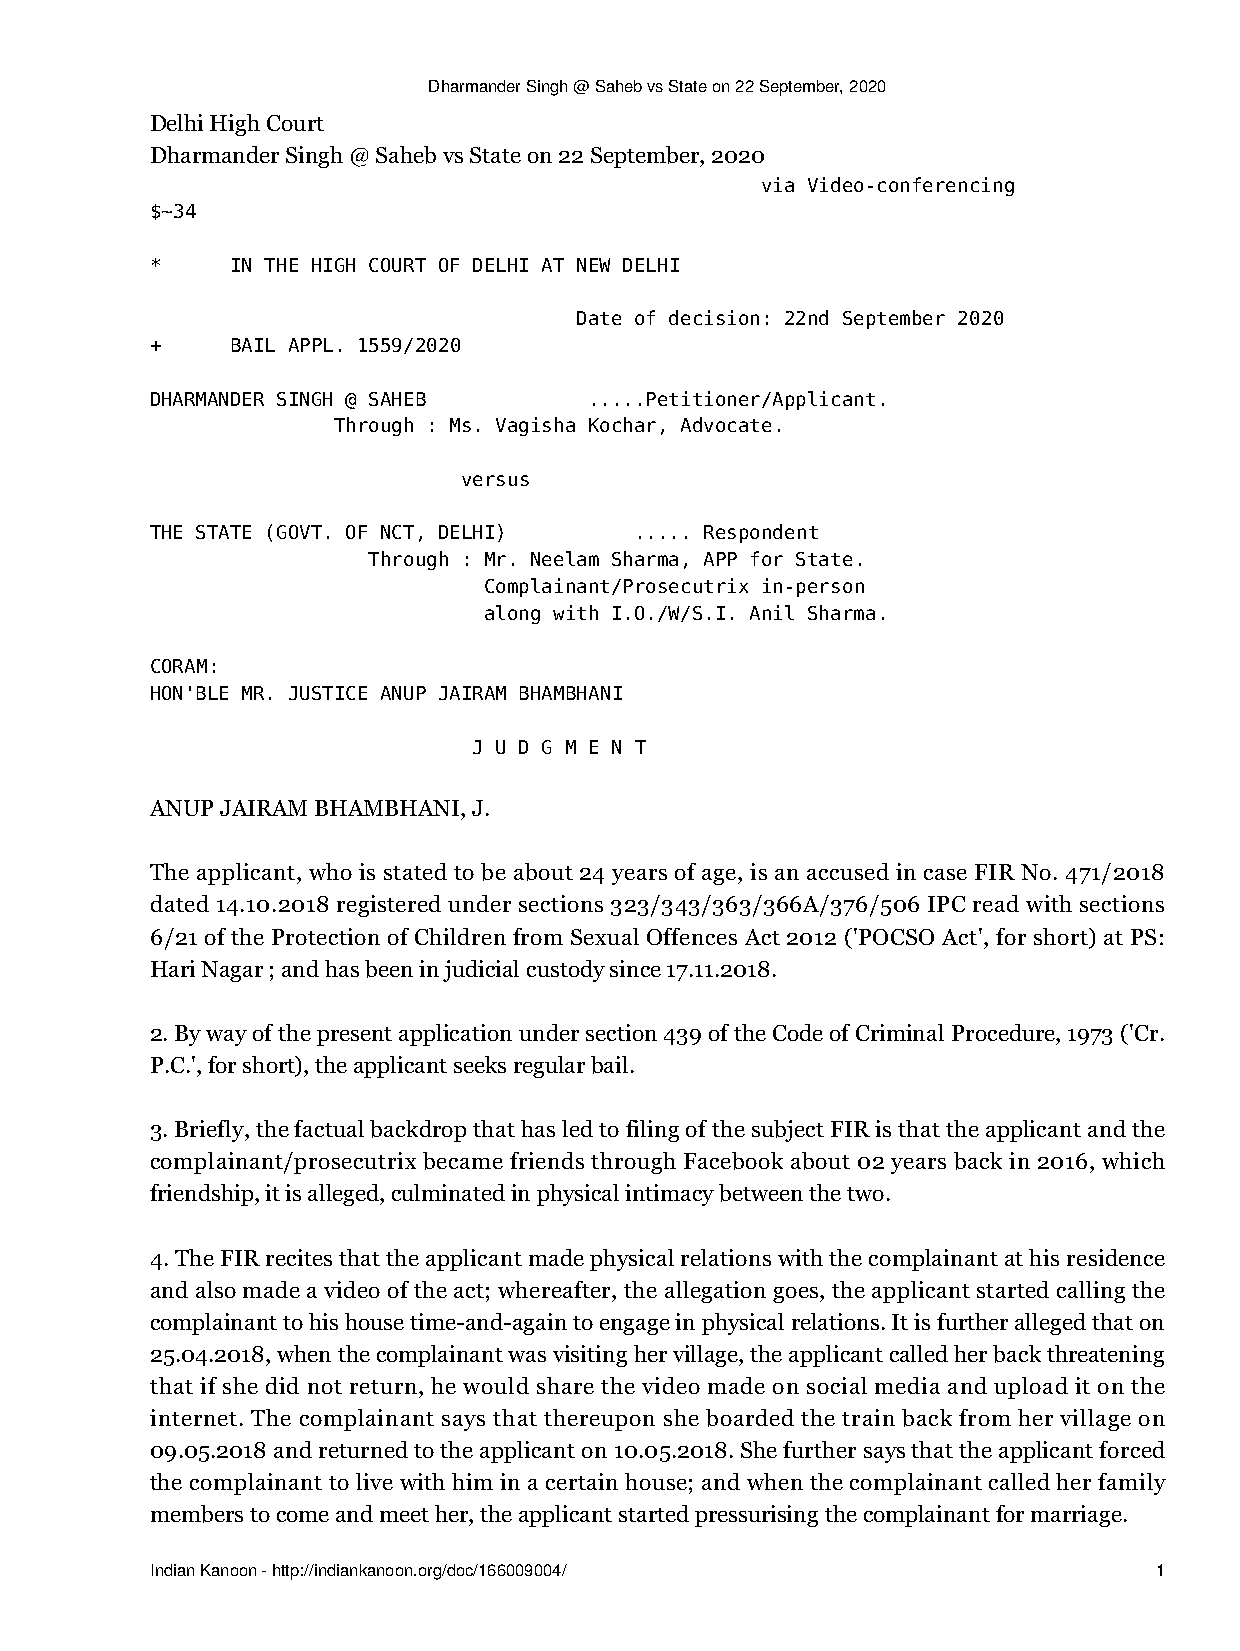
Dharmander Singh @ Saheb vs State on 22 September, 2020
 Delhi High Court
 Dharmander Singh @ Saheb vs State on 22 September, 2020
 via Video-conferencing
 $~34
 *    IN THE HIGH COURT OF DELHI AT NEW DELHI
 Date of decision: 22nd September 2020
 +    BAIL APPL. 1559/2020
 DHARMANDER SINGH @ SAHEB     .....Petitioner/Applicant.
 Through : Ms. Vagisha Kochar, Advocate.
 versus
 THE STATE (GOVT. OF NCT, DELHI) ..... Respondent
 Through : Mr. Neelam Sharma, APP for State.
 Complainant/Prosecutrix in-person
 along with I.O./W/S.I. Anil Sharma.
 CORAM:
 HON'BLE MR. JUSTICE ANUP JAIRAM BHAMBHANI
 J U D G M E N T
 ANUP JAIRAM BHAMBHANI, J.
 The applicant, who is stated to be about 24 years of age, is an accused in case FIR No. 471/2018
 dated 14.10.2018 registered under sections 323/343/363/366A/376/506 IPC read with sections
 6/21 of the Protection of Children from Sexual Offences Act 2012 ('POCSO Act', for short) at PS:
 Hari Nagar ; and has been in judicial custody since 17.11.2018.
 2. By way of the present application under section 439 of the Code of Criminal Procedure, 1973 ('Cr.
 P.C.', for short), the applicant seeks regular bail.
 3. Briefly, the factual backdrop that has led to filing of the subject FIR is that the applicant and the
 complainant/prosecutrix became friends through Facebook about 02 years back in 2016, which
 friendship, it is alleged, culminated in physical intimacy between the two.
 4. The FIR recites that the applicant made physical relations with the complainant at his residence
 and also made a video of the act; whereafter, the allegation goes, the applicant started calling the
 complainant to his house time-and-again to engage in physical relations. It is further alleged that on
 25.04.2018, when the complainant was visiting her village, the applicant called her back threatening
 that if she did not return, he would share the video made on social media and upload it on the
 internet. The complainant says that thereupon she boarded the train back from her village on
 09.05.2018 and returned to the applicant on 10.05.2018. She further says that the applicant forced
 the complainant to live with him in a certain house; and when the complainant called her family
 members to come and meet her, the applicant started pressurising the complainant for marriage.
 Indian Kanoon - http://indiankanoon.org/doc/166009004/            1